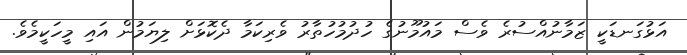
އަޅުގަނޑަކީ ޒަމާނުއްސުރެ ވެސް މައުމޫނުގެ ހުދުމުހުތާރު ވެރިކަމާ ދެކޮޅަށް ލިޔަމުން އައި މީހަކީމެވެ.